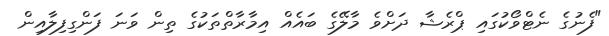
"ފެނުގެ ނެޓްވޯކުގައި ޕްރެޝާ ދަށްވެ މާލޭގެ ބައެއް އިމާރާތްތަކުގެ ތިން ވަނަ ފަންގިފިލާއިން